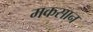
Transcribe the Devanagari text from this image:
मकसान